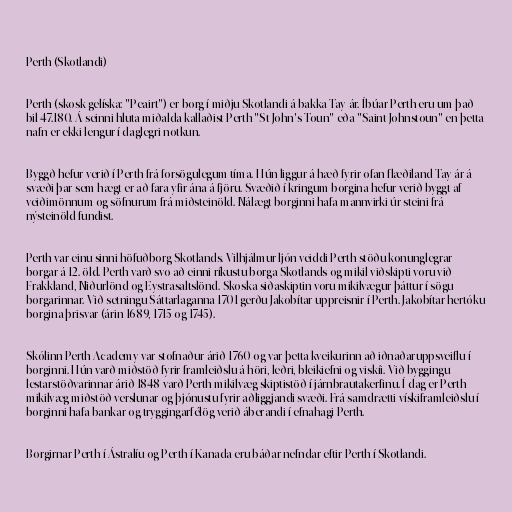
Perth (Skotlandi)

Perth (skosk gelíska: "Peairt") er borg í miðju Skotlandi á bakka Tay-ár. Íbúar Perth eru um það
bil 47.180. Á seinni hluta miðalda kallaðist Perth "St John's Toun" eða "Saint Johnstoun" en þetta
nafn er ekki lengur í daglegri notkun.

Byggð hefur verið í Perth frá forsögulegum tíma. Hún liggur á hæð fyrir ofan flæðiland Tay-ár á
svæði þar sem hægt er að fara yfir ána á fjöru. Svæðið í kringum borgina hefur verið byggt af
veiðimönnum og söfnurum frá miðsteinöld. Nálægt borginni hafa mannvirki úr steini frá
nýsteinöld fundist.

Perth var einu sinni höfuðborg Skotlands. Vilhjálmur ljón veiddi Perth stöðu konunglegrar
borgar á 12. öld. Perth varð svo að einni ríkustu borga Skotlands og mikil viðskipti voru við
Frakkland, Niðurlönd og Eystrasaltslönd. Skoska siðaskiptin voru mikilvægur þáttur í sögu
borgarinnar. Við setningu Sáttarlaganna 1701 gerðu Jakobítar uppreisnir í Perth. Jakobítar hertóku
borgina þrisvar (árin 1689, 1715 og 1745).

Skólinn Perth Academy var stofnaður árið 1760 og var þetta kveikurinn að iðnaðaruppsveiflu í
borginni. Hún varð miðstöð fyrir framleiðslu á höri, leðri, bleikiefni og viskíi. Við byggingu
lestarstöðvarinnar árið 1848 varð Perth mikilvæg skiptistöð í járnbrautakerfinu. Í dag er Perth
mikilvæg miðstöð verslunar og þjónustu fyrir aðliggjandi svæði. Frá samdrætti vískiframleiðslu í
borginni hafa bankar og tryggingarfélög verið áberandi í efnahagi Perth.

Borgirnar Perth í Ástralíu og Perth í Kanada eru báðar nefndar eftir Perth í Skotlandi.